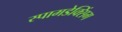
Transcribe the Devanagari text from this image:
स्पामडेक्सिंग